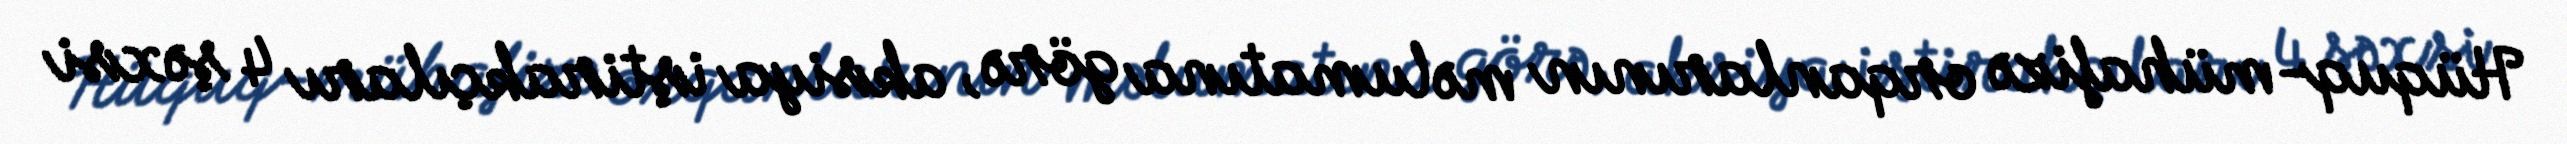
Hüquq-mühafizə orqanlarının məlumatına görə, aksiya iştirakçıları 4 şəxsi